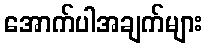
အောက်ပါအချက်များ